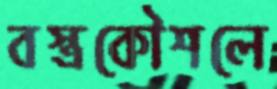
বস্ত্রকৌশলে